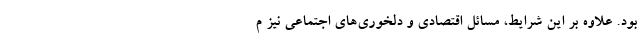
بود. علاوه بر این شرایط، مسائل اقتصادی و دلخوری‌های اجتماعی نیز م